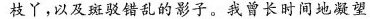
枝丫，以及斑驳错乱的影子。我曾长时间地凝望